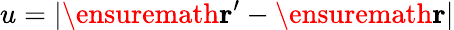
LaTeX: u=|\ensuremath{\mathbf{r}}^{\prime}-\ensuremath{\mathbf{r}}|